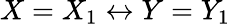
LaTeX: X=X_{1}\leftrightarrow Y=Y_{1}